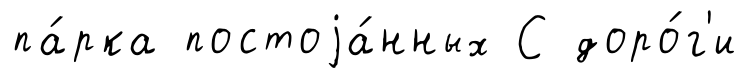
па́рка постоjа́нных С доро́г'и